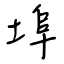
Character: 埠